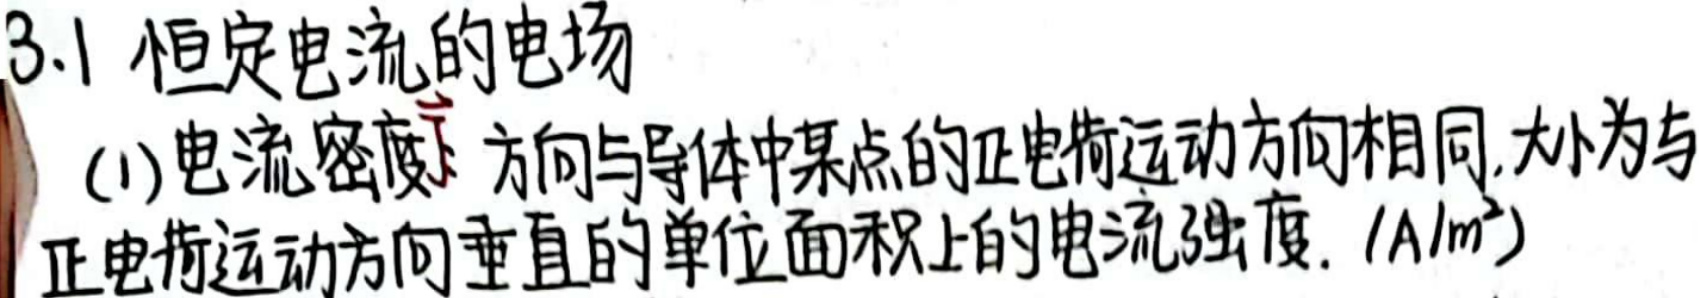
恒定电流的电场
(1) 电流密度$\vec{j}$：方向与导体中某点的正电荷运动方向相同，大小为与正电荷运动方向垂直的单位面积上的电流强度. ($A/m^{2}$)